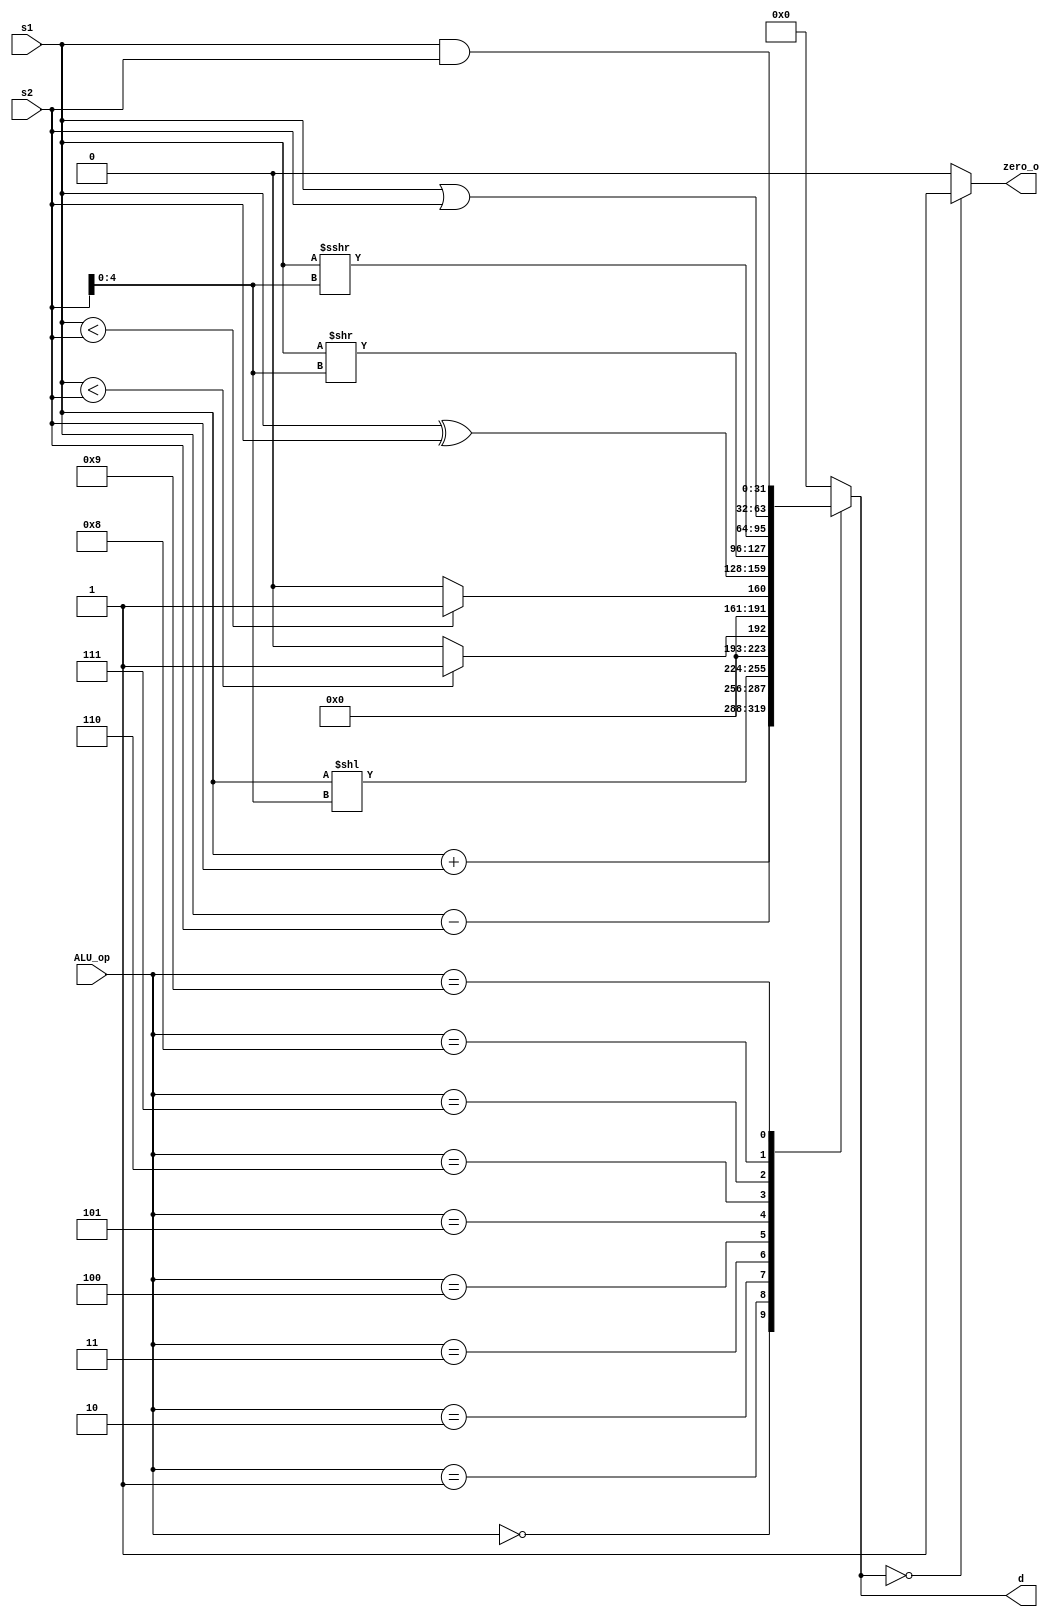
`default_nettype none
`timescale 1ns/1ps

`ifdef CUSTOM_DEFINE
	`include "../../defines.vh"
`endif
module alu
	`ifdef CUSTOM_DEFINE
		#(parameter ALU_OPWIDTH = `ALU_OP_WIDTH, 
		parameter DATA_WIDTH = `REG_DATA_WIDTH,
		parameter ALU_OP_ADD = `ALU_OP_ADD,
		parameter ALU_OP_SUB = `ALU_OP_SUB,
		parameter ALU_OP_SLL = `ALU_OP_SLL,
		parameter ALU_OP_SLT  = `ALU_OP_SLT,
		parameter ALU_OP_SLTU = `ALU_OP_SLTU,
		parameter ALU_OP_XOR = `ALU_OP_XOR,
		parameter ALU_OP_SRL = `ALU_OP_SRL,
		parameter ALU_OP_SRA = `ALU_OP_SRA,
		parameter ALU_OP_OR  = `ALU_OP_OR,
		parameter ALU_OP_AND = `ALU_OP_AND) 
	`else
		#(parameter ALU_OPWIDTH = 4, 
		parameter DATA_WIDTH = 32,
		parameter ALU_OP_ADD = 0,  // TODO: Separar en localparams
		parameter ALU_OP_SUB = 1,
		parameter ALU_OP_SLL = 2,
		parameter ALU_OP_SLT  = 3,
		parameter ALU_OP_SLTU = 4,
		parameter ALU_OP_XOR = 5,
		parameter ALU_OP_SRL = 6,
		parameter ALU_OP_SRA = 7,
		parameter ALU_OP_OR  = 8,
		parameter ALU_OP_AND = 9) 
	`endif
	(

	input [ALU_OPWIDTH-1:0]       ALU_op,
	input [DATA_WIDTH-1:0]      s1,
	input [DATA_WIDTH-1:0]      s2,
	output reg [DATA_WIDTH-1:0] d,
	output zero_o
	);

	wire [4:0] shift = s2[4:0];
	//reg [DATA_WIDTH-1:0] d;

	assign zero_o = (d == {DATA_WIDTH{1'b0}}) ? 1'b1 : 1'b0;

	always @ *
		case(ALU_op)
			ALU_OP_ADD:  d = s1 + s2;               // Add s2 to s1 and place the result into d
			ALU_OP_SUB:  d = s1 - s2;               // Subtract s2 from s1 and place the result into d
			ALU_OP_SLL:  d = s1 << shift;			      // Shift s1 left by the by the lower 5 bits in s2 and place the result into d
			ALU_OP_SLT:  d = $signed(s1) < $signed(s2) ? {{DATA_WIDTH-1{1'b0}},1'b1} : 0;	// Set d to 1 if s1 is less than s2, otherwise set d to 0 (signed)
			ALU_OP_SLTU: d = s1 < s2 ? {{DATA_WIDTH-1{1'b0}},1'b1} : 0;			  // Set d to 1 if s1 is less than s2, otherwise set d to 0 (unsigned)
			ALU_OP_XOR:  d = s1 ^ s2;               // Set d to the bitwise XOR of s1 and s2
			ALU_OP_SRL:  d = s1 >> shift;			      // Shift s1 right by the by the lower 5 bits in s2 and place the result into d
			ALU_OP_SRA:  d = $signed(s1) >>> shift;// Shift s1 right by the by the lower 5 bits in s2 and place the result into d while retaining the sign
			ALU_OP_OR:   d = s1 | s2;               // Set d to the bitwise OR of s1 and s2
			ALU_OP_AND:  d = s1 & s2;               // Set d to the bitwise AND of s1 and s2
			default:   d = 0;
		endcase
endmodule

`default_nettype wire